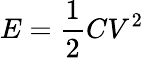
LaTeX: E=\frac{1}{2}CV^{2}